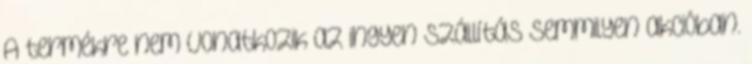
A termékre nem vonatkozik az ingyen szállítás semmilyen akcióban.